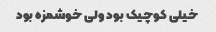
خیلی کوچیک بود ولی خوشمزه بود